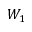
W _ { 1 }